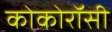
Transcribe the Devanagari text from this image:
कोकोरॉसी